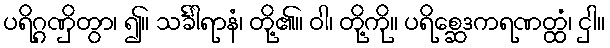
ပရိဂ္ဂဏှိတွာ၊ ၍။ သင်္ခါရာနံ၊ တို့၏။ ဝါ၊ တို့ကို။ ပရိစ္ဆေဒကရဏတ္ထံ၊ ငှါ။